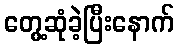
တွေ့ဆုံခဲ့ပြီးနောက်